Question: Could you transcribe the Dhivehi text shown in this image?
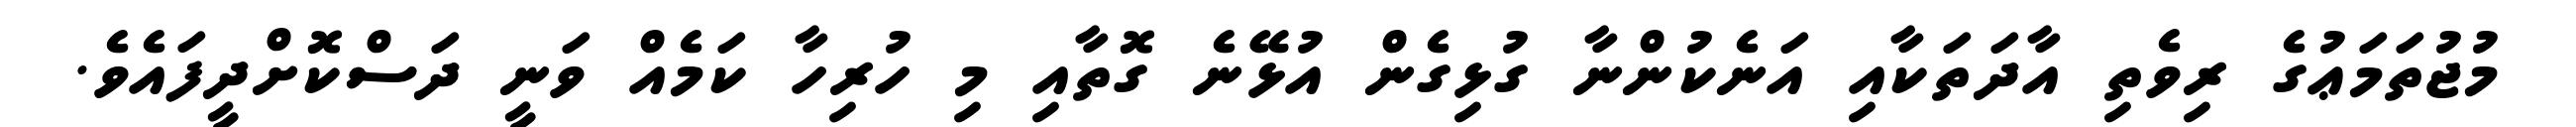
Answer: މުޖުތަމަޢުގެ ރިވެތި އާދަތަކާއި އަނެކުންނާ ގުޅިގެން އުޅޭނެ ގޮތާއި މި ހުރިހާ ކަމެއް ވަނީ ދަސްކޮށްދީފައެވެ.